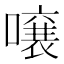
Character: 𫬄